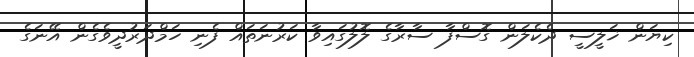
ކިޔަން ޚަލީސީ ދެކެލަން ގޮސްފާ ސާރާގެ ލޮލުގައިވާ ކަރުނަތައް ފެނި ހަމްދަރުދީވެގެން އޭނަގެ